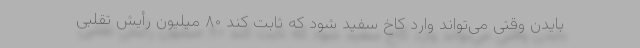
بایدن وقتی می‌تواند وارد کاخ سفید شود که ثابت کند ۸۰ میلیون رأیش تقلبی